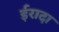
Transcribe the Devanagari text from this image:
ईरादा